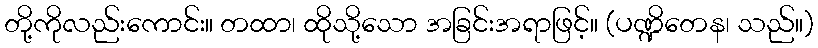
တို့ကိုလည်းကောင်း။ တထာ၊ ထိုသို့သော အခြင်းအရာဖြင့်။ (ပဏ္ဍိတေန၊ သည်။)